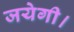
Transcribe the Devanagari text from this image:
जयेगी।